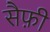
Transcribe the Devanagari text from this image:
सैफ़ी